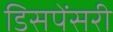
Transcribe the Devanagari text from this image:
डिसपेंसरी